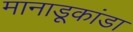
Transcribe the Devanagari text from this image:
मानाडूकांडा